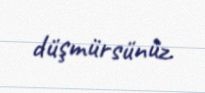
düşmürsünüz.